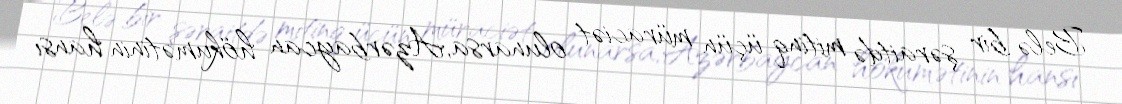
Belə bir şəraitdə mitinq üçün müraciət olunarsa, Azərbaycan hökumətinin hansı